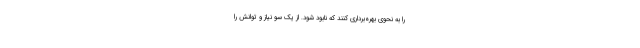
را به نحوی بهره‌برداری کنند که نابود شود. از یک سو نیاز و توانش را